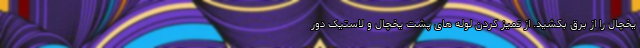
یخچال را از برق بکشید. از تمیز کردن لوله های پشت یخچال و لاستیک دور